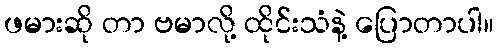
ဖမားဆို တာ ဗမာလို့ ထိုင်းသံနဲ့ ပြောတာပါ။